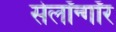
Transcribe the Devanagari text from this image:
सेलॉन्गॉर